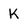
Character: K